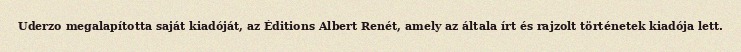
Uderzo megalapította saját kiadóját, az Éditions Albert Renét, amely az általa írt és rajzolt történetek kiadója lett.